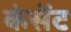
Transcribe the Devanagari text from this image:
कंसेंट